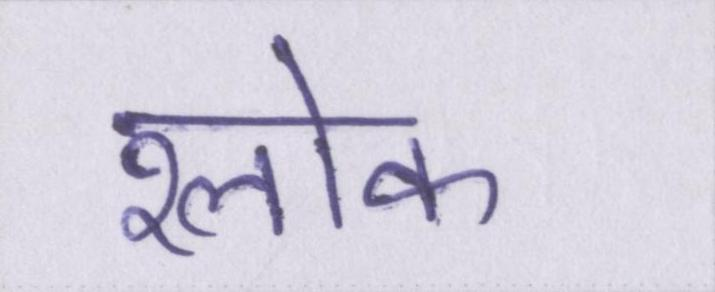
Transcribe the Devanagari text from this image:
श्लोक